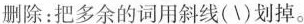
删除:把多余的词用斜线(\)划掉。